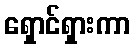
ရှောင်ရှားကာ